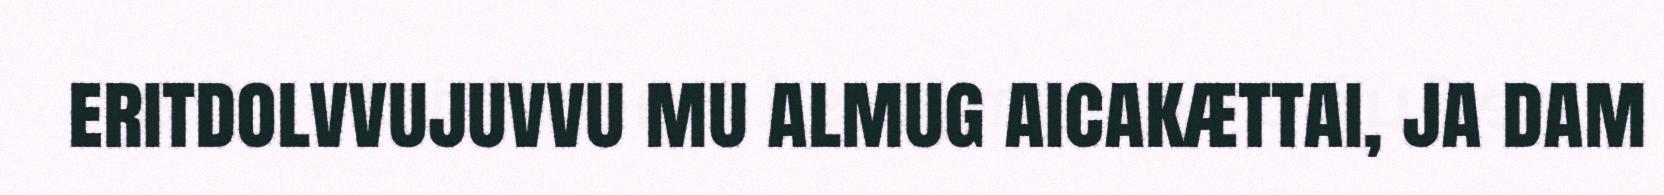
eritdolvvujuvvu mu almug aicakættai, ja dam